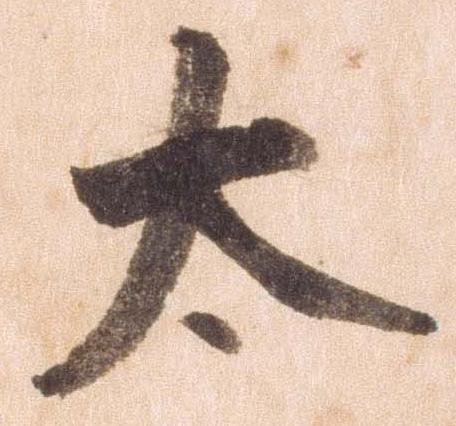
太